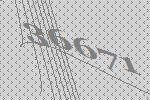
36671